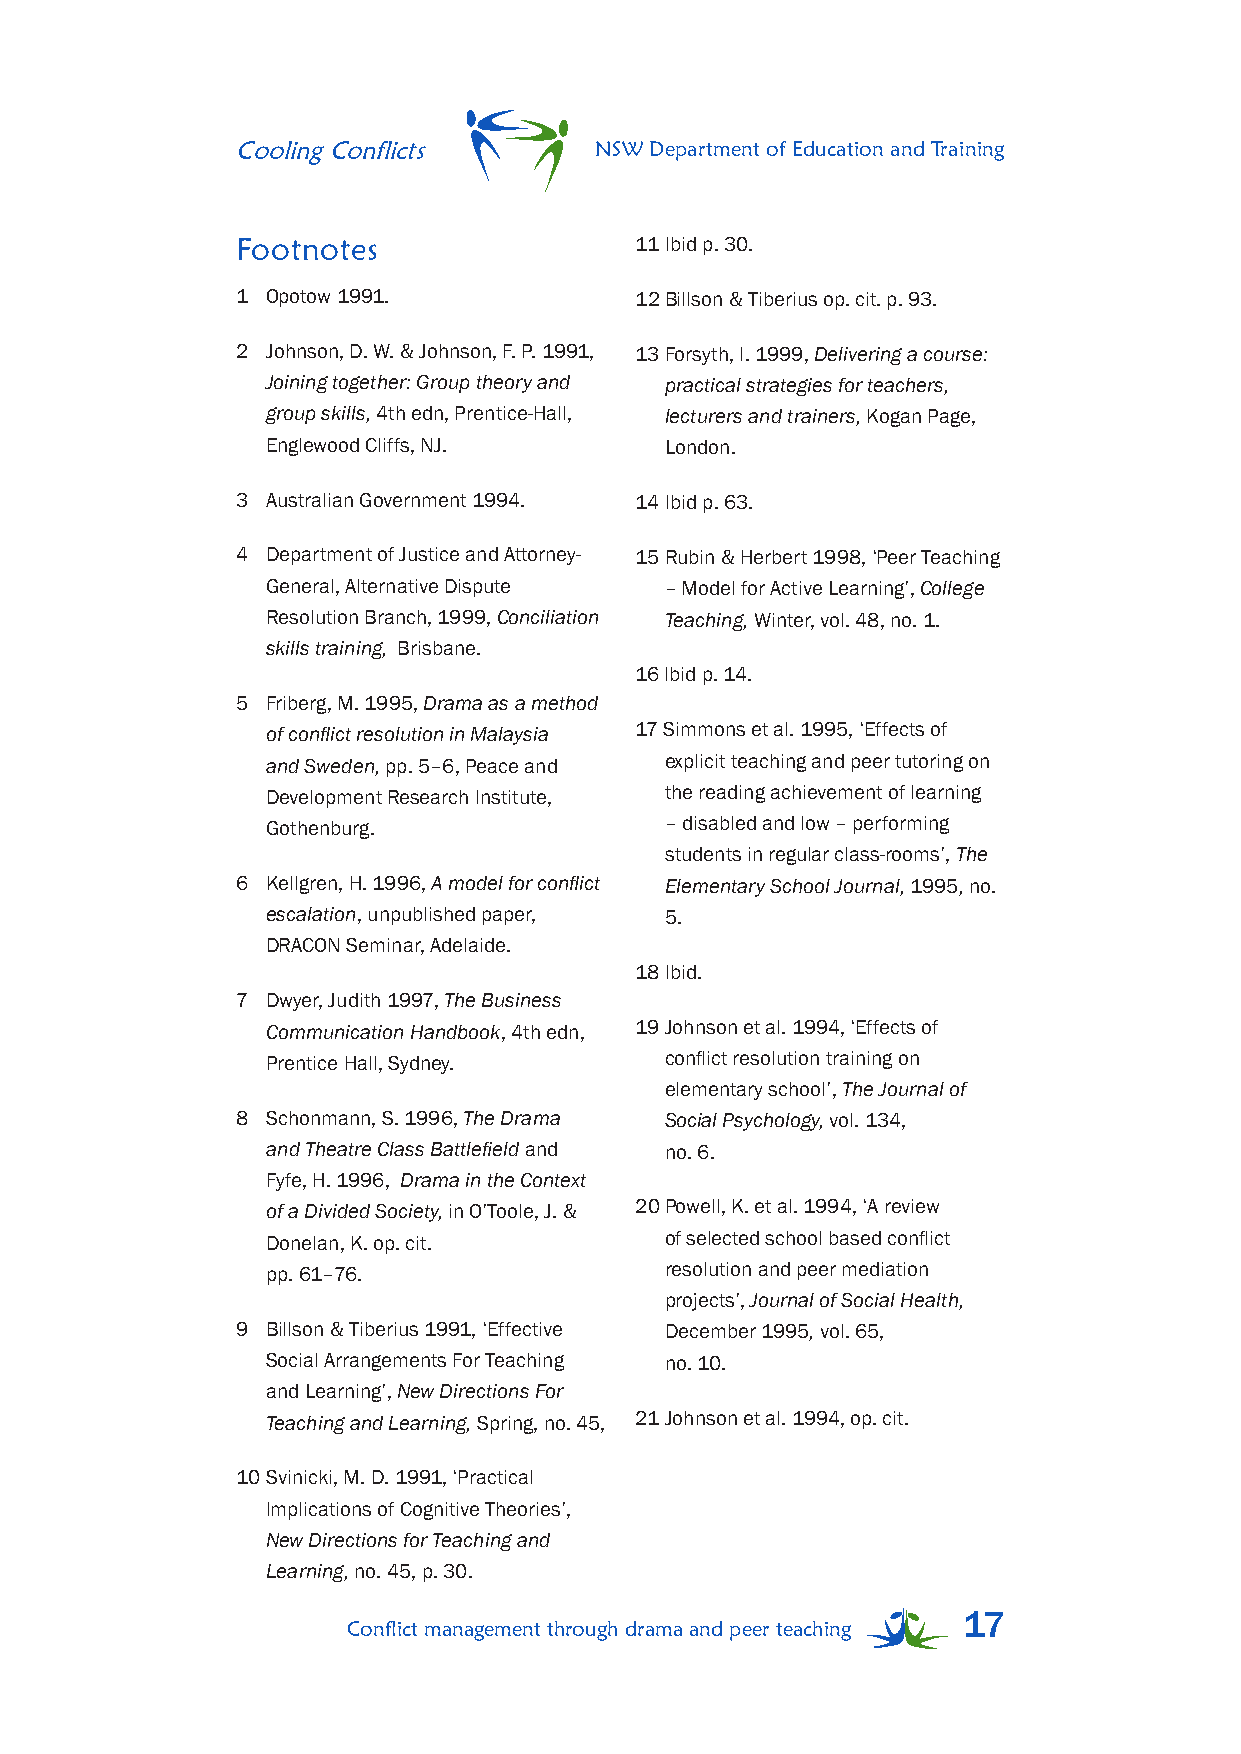
Cooling Conflicts      NSW Department of Education and Training
 Footnotes                 11 Ibid p. 30.
 1 Opotow 1991.            12 Billson & Tiberius op. cit. p. 93.
 2 Johnson, D. W. & Johnson, F. P. 1991, 13 Forsyth, I. 1999, Delivering a course:
 Joining together: Group theory and practical strategies for teachers,
 group skills, 4th edn, Prentice-Hall, lecturers and trainers, Kogan Page,
 Englewood Cliffs, NJ.     London.
 3 Australian Government 1994. 14 Ibid p. 63.
 4 Department of Justice and Attorney- 15 Rubin & Herbert 1998, ‘Peer Teaching
 General, Alternative Dispute – Model for Active Learning’, College
 Resolution Branch, 1999, Conciliation Teaching, Winter, vol. 48, no. 1.
 skills training, Brisbane.
 16 Ibid p. 14.
 5 Friberg, M. 1995, Drama as a method
 of conflict resolution in Malaysia 17 Simmons et al. 1995, ‘Effects of
 and Sweden, pp. 5–6, Peace and explicit teaching and peer tutoring on
 Development Research Institute, the reading achievement of learning
 Gothenburg.               – disabled and low – performing
 students in regular class-rooms’, The
 6 Kellgren, H. 1996, A model for conflict Elementary School Journal, 1995, no.
 escalation, unpublished paper, 5.
 DRACON Seminar, Adelaide.
 18 Ibid.
 7 Dwyer, Judith 1997, The Business
 Communication Handbook, 4th edn, 19 Johnson et al. 1994, ‘Effects of
 Prentice Hall, Sydney.    conflict resolution training on
 elementary school’, The Journal of
 8 Schonmann, S. 1996, The Drama Social Psychology, vol. 134,
 and Theatre Class Battlefield and no. 6.
 Fyfe, H. 1996, Drama in the Context
 of a Divided Society, in O’Toole, J. & 20 Powell, K. et al. 1994, ‘A review
 Donelan, K. op. cit.      of selected school based conflict
 pp. 61–76.                resolution and peer mediation
 projects’, Journal of Social Health,
 9 Billson & Tiberius 1991, ‘Effective December 1995, vol. 65,
 Social Arrangements For Teaching no. 10.
 and Learning’, New Directions For
 Teaching and Learning, Spring, no. 45, 21 Johnson et al. 1994, op. cit.
 10 Svinicki, M. D. 1991, ‘Practical
 Implications of Cognitive Theories’,
 New Directions for Teaching and
 Learning, no. 45, p. 30.
 17
 Conflict management through drama and peer teaching